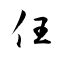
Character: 仼